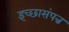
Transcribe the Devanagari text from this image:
इच्छासंपन्न